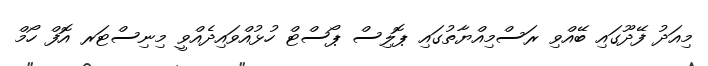
މިއަދު ފޭދޫގައި ބޭއްވި ރަސްމިއްޔާތުގައި ޕޮލިސް ޕޯސްޓް ހުޅުއްވައިދެއްވީ މިނިސްޓަރ އޮފް ހޯމް